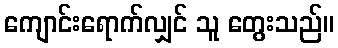
ကျောင်းရောက်လျှင် သူ တွေးသည်။